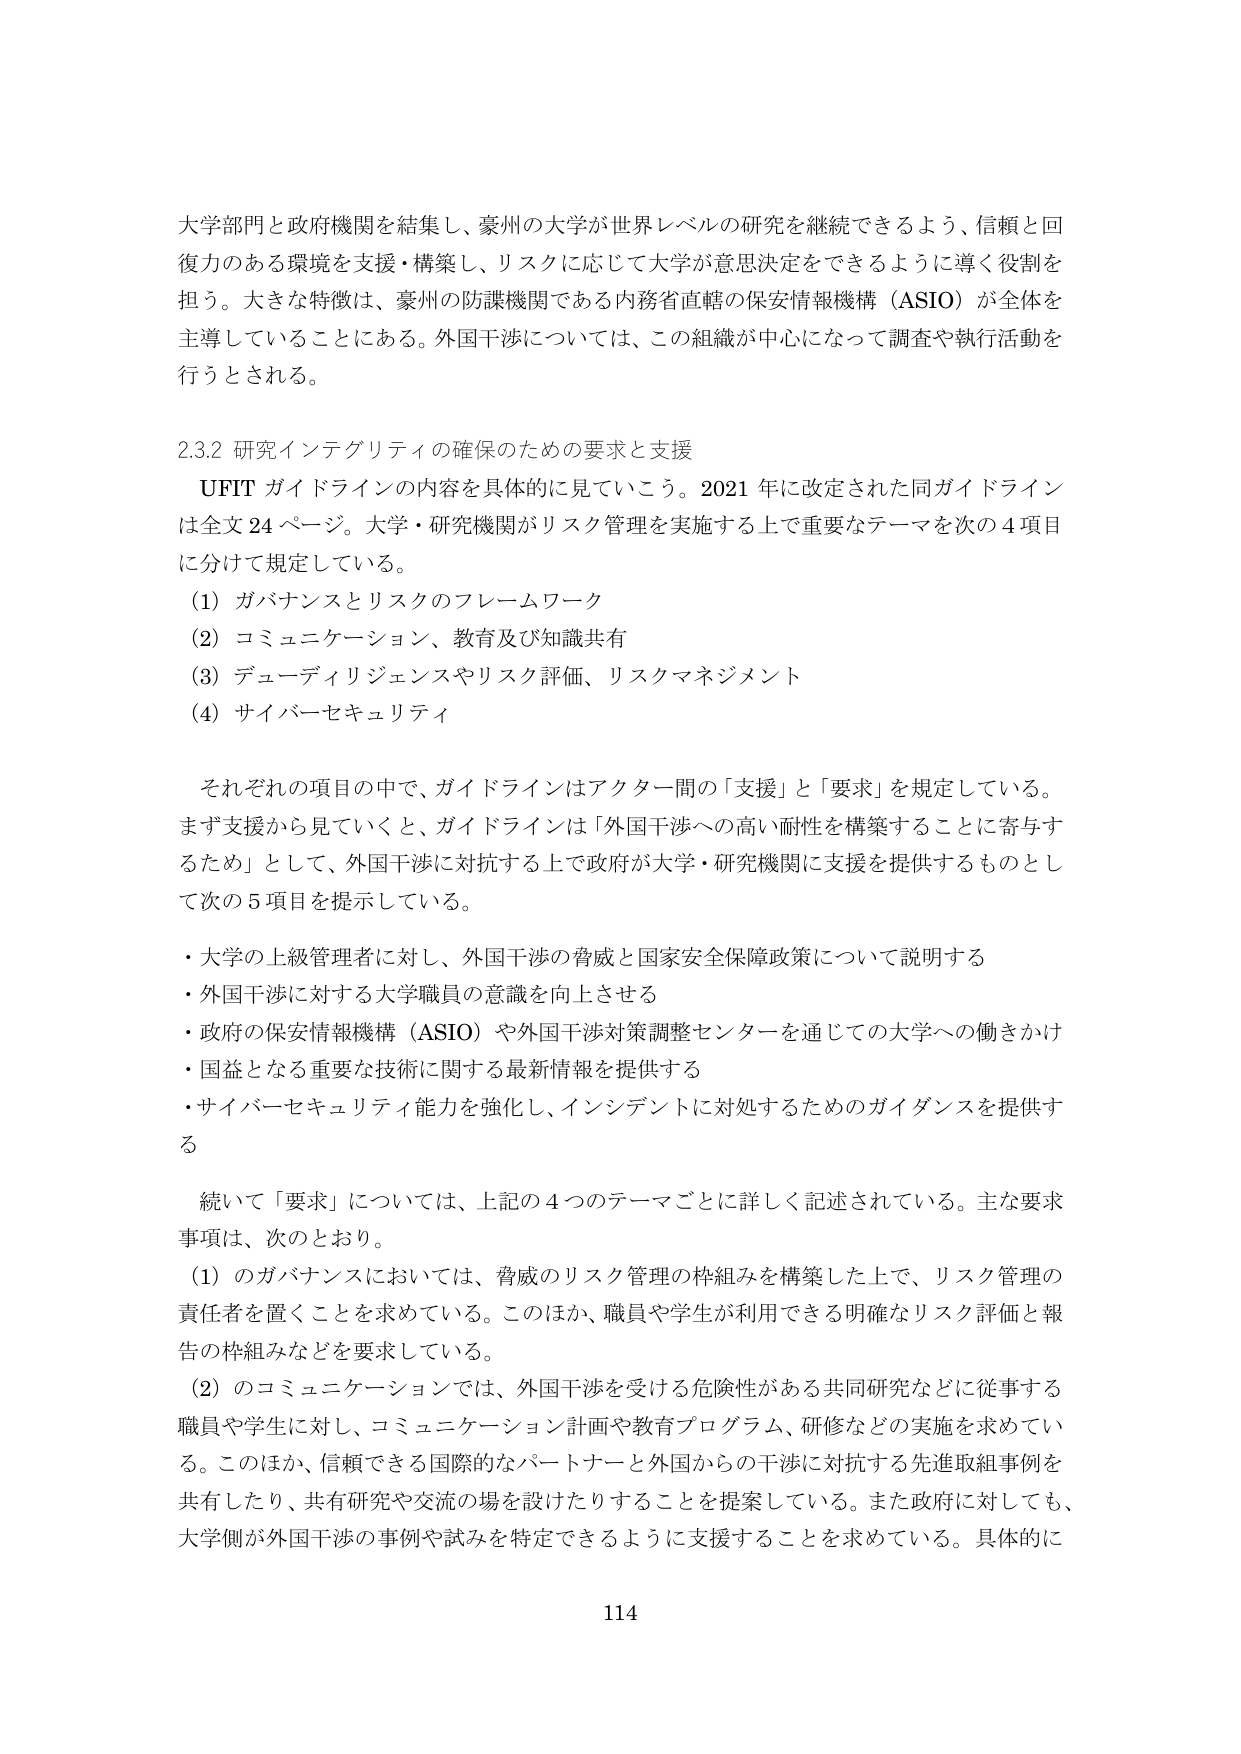
大学部門と政府機関を結集し、豪州の大学が世界レベルの研究を継続できるよう、信頼と回復力のある環境を支援・構築し、リスクに応じて大学が意思決定をできるように導く役割を担う。大きな特徴は、豪州の防諜機関である内務省直轄の保安情報機構（ASIO）が全体を主導していることにある。外国干渉については、この組織が中心になって調査や執行活動を行うとされる。

2.3.2 研究インテグリティの確保のための要求と支援

UFIT ガイドラインの内容を具体的に見ていく。2021 年に改定された同ガイドラインは全文 24 ページ。大学・研究機関がリスク管理を実施する上で重要なテーマを次の 4 項目に分けて規定している。

(1) ガバナンスとリスクのフレームワーク
(2) コミュニケーション、教育及び知識共有
(3) デューディリジェンスやリスク評価、リスクマネジメント
(4) サイバーセキュリティ

それぞれの項目の中で、ガイドラインはアクター間の「支援」と「要求」を規定している。まず支援から見ていくと、ガイドラインは「外国干渉への高い耐性を構築することに寄与するため」として、外国干渉に対抗する上で政府が大学・研究機関に支援を提供するものとして次の 5 項目を提示している。

・大学の上級管理者に対し、外国干渉の脅威と国家安全保障政策について説明する
・外国干渉に対する大学職員の意識を向上させる
・政府の保安情報機構（ASIO）や外国干渉対策調整センターを通じての大学への働きかけ
・国益となる重要な技術に関する最新情報を提供する
・サイバーセキュリティ能力を強化し、インシデントに対処するためのガイダンスを提供する

続いて「要求」については、上記の 4 つのテーマごとに詳しく記述されている。主な要求事項は、次のとおり。

(1) のガバナンスにおいては、脅威のリスク管理の枠組みを構築した上で、リスク管理の責任者を置くことを求めている。このほか、職員や学生が利用できる明確なリスク評価と報告の枠組みなどを要求している。

(2) のコミュニケーションでは、外国干渉を受ける危険性がある共同研究などに従事する職員や学生に対し、コミュニケーション計画や教育プログラム、研修などの実施を求めている。このほか、信頼できる国際的なパートナーと外国からの干渉に対抗する先進取組事例を共有したり、共有研究や交流の場を設けたりすることを提案している。また政府に対しても、大学側が外国干渉の事例や試みを特定できるように支援することを求めている。具体的に

114